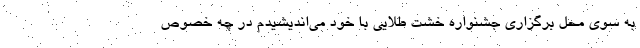
به سوی محل برگزاری جشنواره خشت طلایی با خود می‌اندیشیدم در چه خصوص